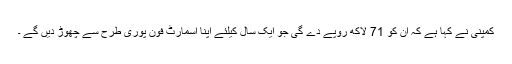
کمپنی نے کہا ہے کہ ان کو 71 لاکھ روپے دے گی جو ایک سال کیلئے اپنا اسمارٹ فون پوری طرح سے چھوڑ دیں گے ۔